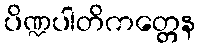
ပိဏ္ဍပါတိကတ္တေန